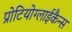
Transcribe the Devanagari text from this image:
प्रोटियोग्लाईकैन्स